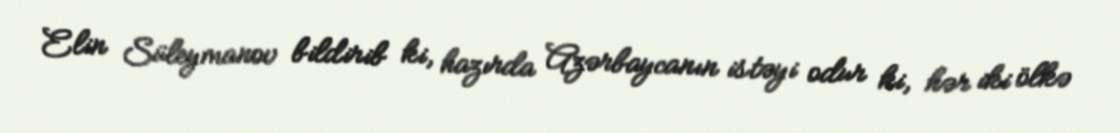
Elin Süleymanov bildirib ki, hazırda Azərbaycanın istəyi odur ki, hər iki ölkə